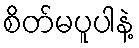
စိတ်မပူပါနဲ့